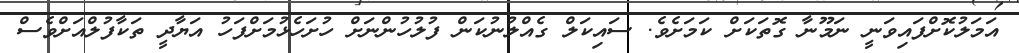
އަމަލުކޮށްފައިވަނީ ނަމޫނާ ގޮތަކަށް ކަމަށެވެ. ސައިކަލް ގެއްލުނުކަން ފުލުހުންނަށް ހުށަހެޅުމަށްފަހު އަޔާދީ ތަކާފުލްއަށްވެސް